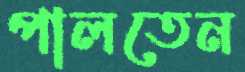
পালতেন